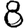
Digit: 8